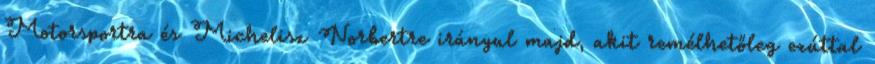
Motorsportra és Michelisz Norbertre irányul majd, akit remélhetőleg ezúttal